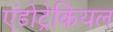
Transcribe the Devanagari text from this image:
एंडोट्रेकियल